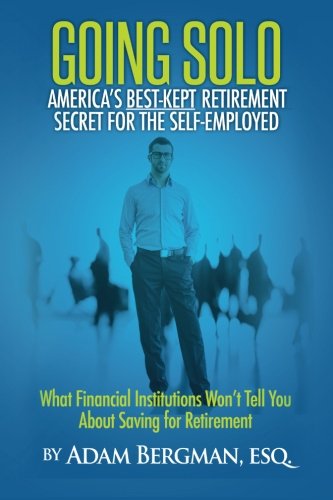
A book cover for Going Solo - America's Best-Kept Retirement Secret for the Self-Employed: What Financial Institutions Won't Tell You About Saving for Retirement; Esq., Adam Bergman; Business & Money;